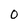
Character: O